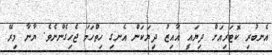
އެނބުރި ކޮޓަރިއަށް ދިޔައީ އާއިޒު ދިޔަކަން އެނގި ހިތްހަމަ ޖެހިގެންނެވެ. ޔާނާ މިރޭ